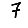
Digit: 7